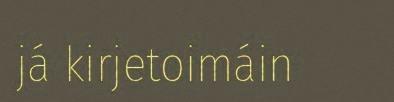
já kirjetoimáin